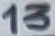
Text: 13